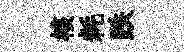
核耗跌